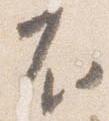
不